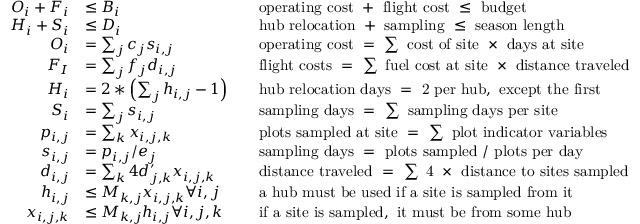
\begin{array} { r l r l } { O _ { i } + F _ { i } } & { \leq B _ { i } } & & { \mathrm { o p e r a t i n g ~ c o s t ~ + ~ f l i g h t ~ c o s t ~ \leq ~ b u d g e t } } \\ { H _ { i } + S _ { i } } & { \leq D _ { i } } & & { \mathrm { h u b ~ r e l o c a t i o n ~ + ~ s a m p l i n g ~ \leq ~ s e a s o n ~ l e n g t h } } \\ { O _ { i } } & { = \sum _ { j } c _ { j } s _ { i , j } } & & { \mathrm { o p e r a t i n g ~ c o s t ~ = ~ \sum ~ c o s t ~ o f ~ s i t e ~ \times ~ d a y s ~ a t ~ s i t e } } \\ { F _ { I } } & { = \sum _ { j } f _ { j } d _ { i , j } } & & { \mathrm { f l i g h t ~ c o s t s ~ = ~ \sum ~ f u e l ~ c o s t ~ a t ~ s i t e ~ \times ~ d i s t a n c e ~ t r a v e l e d } } \\ { H _ { i } } & { = 2 * \left( \sum _ { j } h _ { i , j } - 1 \right) } & & { \mathrm { h u b ~ r e l o c a t i o n ~ d a y s ~ = ~ 2 ~ p e r ~ h u b , ~ e x c e p t ~ t h e ~ f i r s t } } \\ { S _ { i } } & { = \sum _ { j } s _ { i , j } } & & { \mathrm { s a m p l i n g ~ d a y s ~ = ~ \sum ~ s a m p l i n g ~ d a y s ~ p e r ~ s i t e } } \\ { p _ { i , j } } & { = \sum _ { k } x _ { i , j , k } } & & { \mathrm { p l o t s ~ s a m p l e d ~ a t ~ s i t e ~ = ~ \sum ~ p l o t ~ i n d i c a t o r ~ v a r i a b l e s } } \\ { s _ { i , j } } & { = p _ { i , j } / e _ { j } } & & { \mathrm { s a m p l i n g ~ d a y s ~ = ~ p l o t s ~ s a m p l e d ~ / ~ p l o t s ~ p e r ~ d a y } } \\ { d _ { i , j } } & { = \sum _ { k } 4 d _ { j , k } ^ { \prime } x _ { i , j , k } } & & { \mathrm { d i s t a n c e ~ t r a v e l e d ~ = ~ \sum ~ 4 ~ \times ~ d i s t a n c e ~ t o ~ s i t e s ~ s a m p l e d } } \\ { h _ { i , j } } & { \leq M _ { k , j } x _ { i , j , k } \forall i , j } & & { \mathrm { a ~ h u b ~ m u s t ~ b e ~ u s e d ~ i f ~ a ~ s i t e ~ i s ~ s a m p l e d ~ f r o m ~ i t } } \\ { x _ { i , j , k } } & { \leq M _ { k , j } h _ { i , j } \forall i , j , k } & & { \mathrm { i f ~ a ~ s i t e ~ i s ~ s a m p l e d , ~ i t ~ m u s t ~ b e ~ f r o m ~ s o m e ~ h u b } } \end{array}